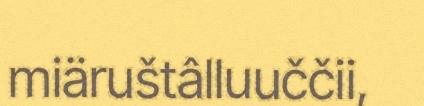
miäruštâlluuččii,